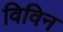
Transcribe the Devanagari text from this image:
विविन